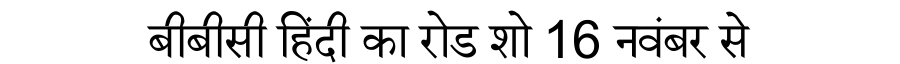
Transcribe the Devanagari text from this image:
बीबीसी हिंदी का रोड शो 16 नवंबर से